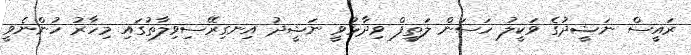
ރައީސް ނަޝީދުގެ ވަކީލު ހަސަން ލަތީފް ވިދާޅުވީ ނަޝީދު އިނގިރޭސިވިލާތުގައި މިހާރު ހުންނެވީ